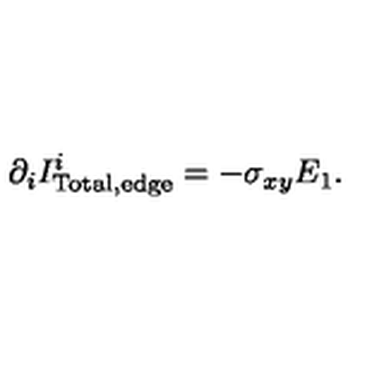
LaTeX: \partial _ { i } I _ { \mathrm { T o t a l , e d g e } } ^ { i } = - \sigma _ { x y } E _ { 1 } .